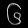
Digit: ၆